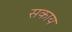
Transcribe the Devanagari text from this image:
सकाय